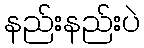
နည်းနည်းပဲ